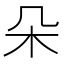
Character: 朵